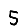
Digit: 5